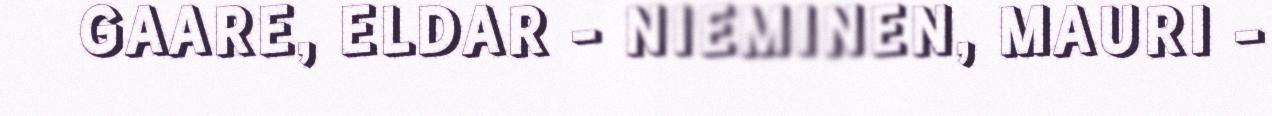
GAARE, ELDAR - NIEMINEN, MAURI -